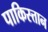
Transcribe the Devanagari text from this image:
पाकिस्त्तान